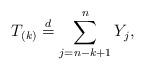
LaTeX: \begin{align*}T_{(k)}\stackrel{d}{=}\sum_{j=n-k+1}^{n}Y_{j},\end{align*}